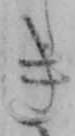
き